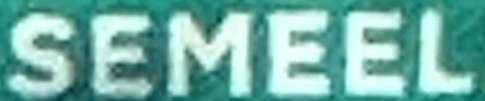
SEMEEL